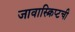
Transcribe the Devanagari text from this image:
जावास्क्रिप्टची